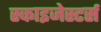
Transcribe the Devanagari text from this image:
स्काइजेस्टर्स